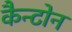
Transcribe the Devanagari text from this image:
कैन्टोन